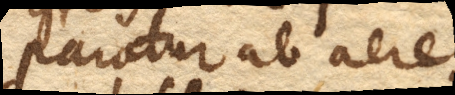
paratur ab aere.